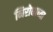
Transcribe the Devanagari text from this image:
निरोधाच्या